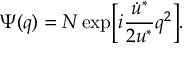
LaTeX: \Psi ( q ) = N \exp \Bigl [ i \frac { \dot { u } ^ { * } } { 2 u ^ { * } } q ^ { 2 } \Bigr ] .